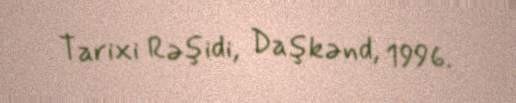
Tarixi Rəşidi, Daşkənd, 1996.